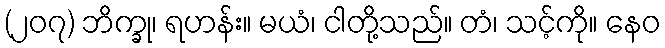
(၂၀၇) ဘိက္ခု၊ ရဟန်း။ မယံ၊ ငါတို့သည်။ တံ၊ သင့်ကို။ နေဝ